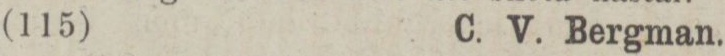
(115)    C. V. Bergman.